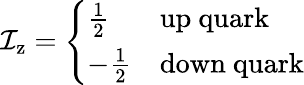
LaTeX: \mathcal{I}_{\mathrm{{z}}}={\left\{ \begin{array}{ll}{{\frac{1}{2}}}&{{\mathrm{up~quark}}}\\ {-{\frac{1}{2}}}&{{\mathrm{down~quark}}}\end{array}\right.}